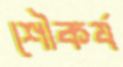
শৌকর্য